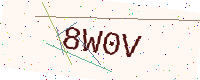
Text: 8W0V